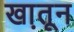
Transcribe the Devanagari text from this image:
खा़तून